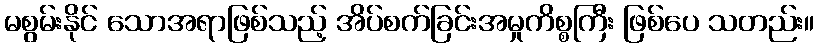
မစွမ်းနိုင် သောအရာဖြစ်သည့် အိပ်စက်ခြင်းအမှုကိစ္စကြီး ဖြစ်ပေ သတည်း။